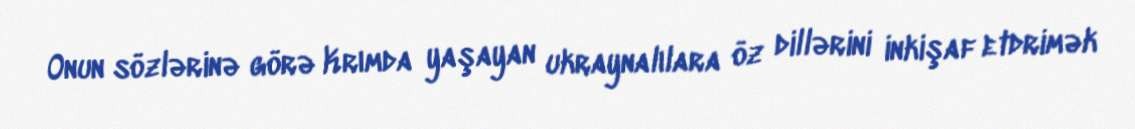
Onun sözlərinə görə Krımda yaşayan ukraynalılara öz dillərini inkişaf etdrimək